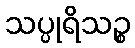
သပ္ပုရိသဉ္စ